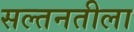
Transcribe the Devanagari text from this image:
सल्तनतीला